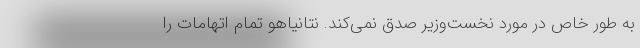
به طور خاص در مورد نخست‌وزیر صدق نمی‌کند. نتانیاهو تمام اتهامات را